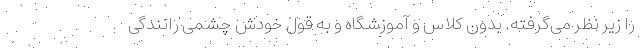
را زیر نظر می‌گرفته. بدون کلاس و آموزشگاه و به قول خودش چشمی رانندگی